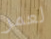
لعمر